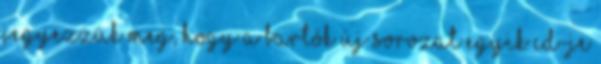
jegyezzük meg, hogy a Bartók Új Sorozat egyik CD-je